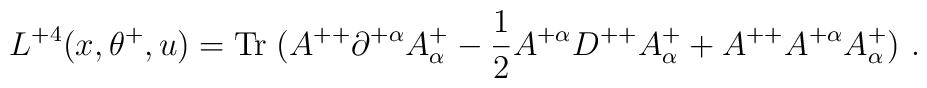
L^{+4}(x,\theta^+,u) =  \mbox{Tr}\; (A^{++}\partial^{+\alpha}A^+_\alpha-{1\over 2} A^{+\alpha}D^{++} A^+_\alpha + A^{++} A^{+\alpha} A^+_\alpha) \ .